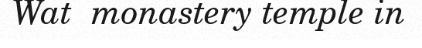
Wat  monastery temple in